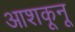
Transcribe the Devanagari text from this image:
आशकूनू